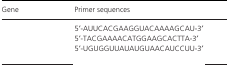
<table><thead><tr><td><b>Gene</b></td><td><b>Primer sequences</b></td></tr></thead><tbody><tr><td>[EMPTY_CELL]</td><td>5′‐AUUCACGAAGGUACAAAAGCAU‐3′</td></tr><tr><td>[EMPTY_CELL]</td><td>5′‐TACGAAAACATGGAAGCACTTA‐3′</td></tr><tr><td rowspan="2">[EMPTY_CELL]</td><td>5′‐UGUGGUUAUAUGUAACAUCCUU‐3′</td></tr><tr><td>[EMPTY_CELL]</td></tr></tbody></table>